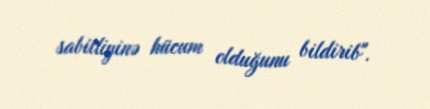
sabitliyinə hücum olduğunu bildirib".